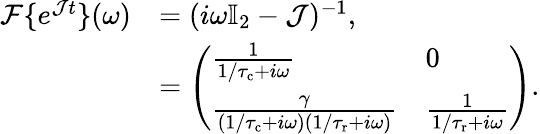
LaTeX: \begin{array}{rl}{\mathcal{F}\{ e^{\mathcal Jt}\} (\omega)}&{=(i\omega\mathbb{I}_{2}-\mathcal{J})^{-1},}\\ &{=\left(\begin{array}{ll}{\frac{1}{1/{\tau_{\mathrm{c}}}+i\omega}}&{0}\\ {\frac{\gamma}{(1/{\tau_{\mathrm{c}}}+i\omega)(1/{\tau_{\mathrm{r}}}+i\omega)}}&{\frac{1}{1/{\tau_{\mathrm{r}}}+i\omega}}\end{array}\right).}\end{array}